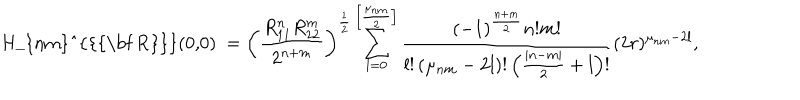
LaTeX: \mathrm { ~ H _ { n m } ^ { \{ { \bf ~ R } \} } ( 0 , 0 ) ~ } = \left( \frac { R _ { 1 1 } ^ { n } R _ { 2 2 } ^ { m } } { 2 ^ { n + m } } \right) ^ { \frac 1 2 } \sum _ { l = 0 } ^ { \left[ \frac { \mu _ { n m } } 2 \right] } \frac { ( - 1 ) ^ { \frac { n + m } 2 } n ! m ! } { l ! \left( \mu _ { n m } - 2 l \right) ! \left( \frac { | n - m | } 2 + l \right) ! } ( 2 r ) ^ { \mu _ { n m } - 2 l } ,